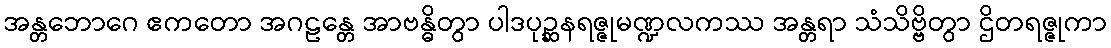
အန္တဘောဂေ ဧကတော အဂဠန္တေ အာဗန္ဓိတွာ ပါဒပုဉ္ဆနရဇ္ဇုမဏ္ဍလကဿ အန္တရာ သံသိဗ္ဗိတွာ ဌိတရဇ္ဇုကာ